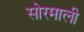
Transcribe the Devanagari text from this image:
सोरमाली